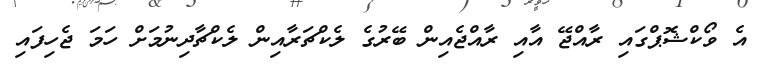
އެ ވޯކްޝޮޕްގައި ރާއްޖޭ އާއި ރާއްޖެއިން ބޭރުގެ ލެކްޗަރާއިން ލެކްޗާދިނުމަށް ހަމަ ޖެހިފައި